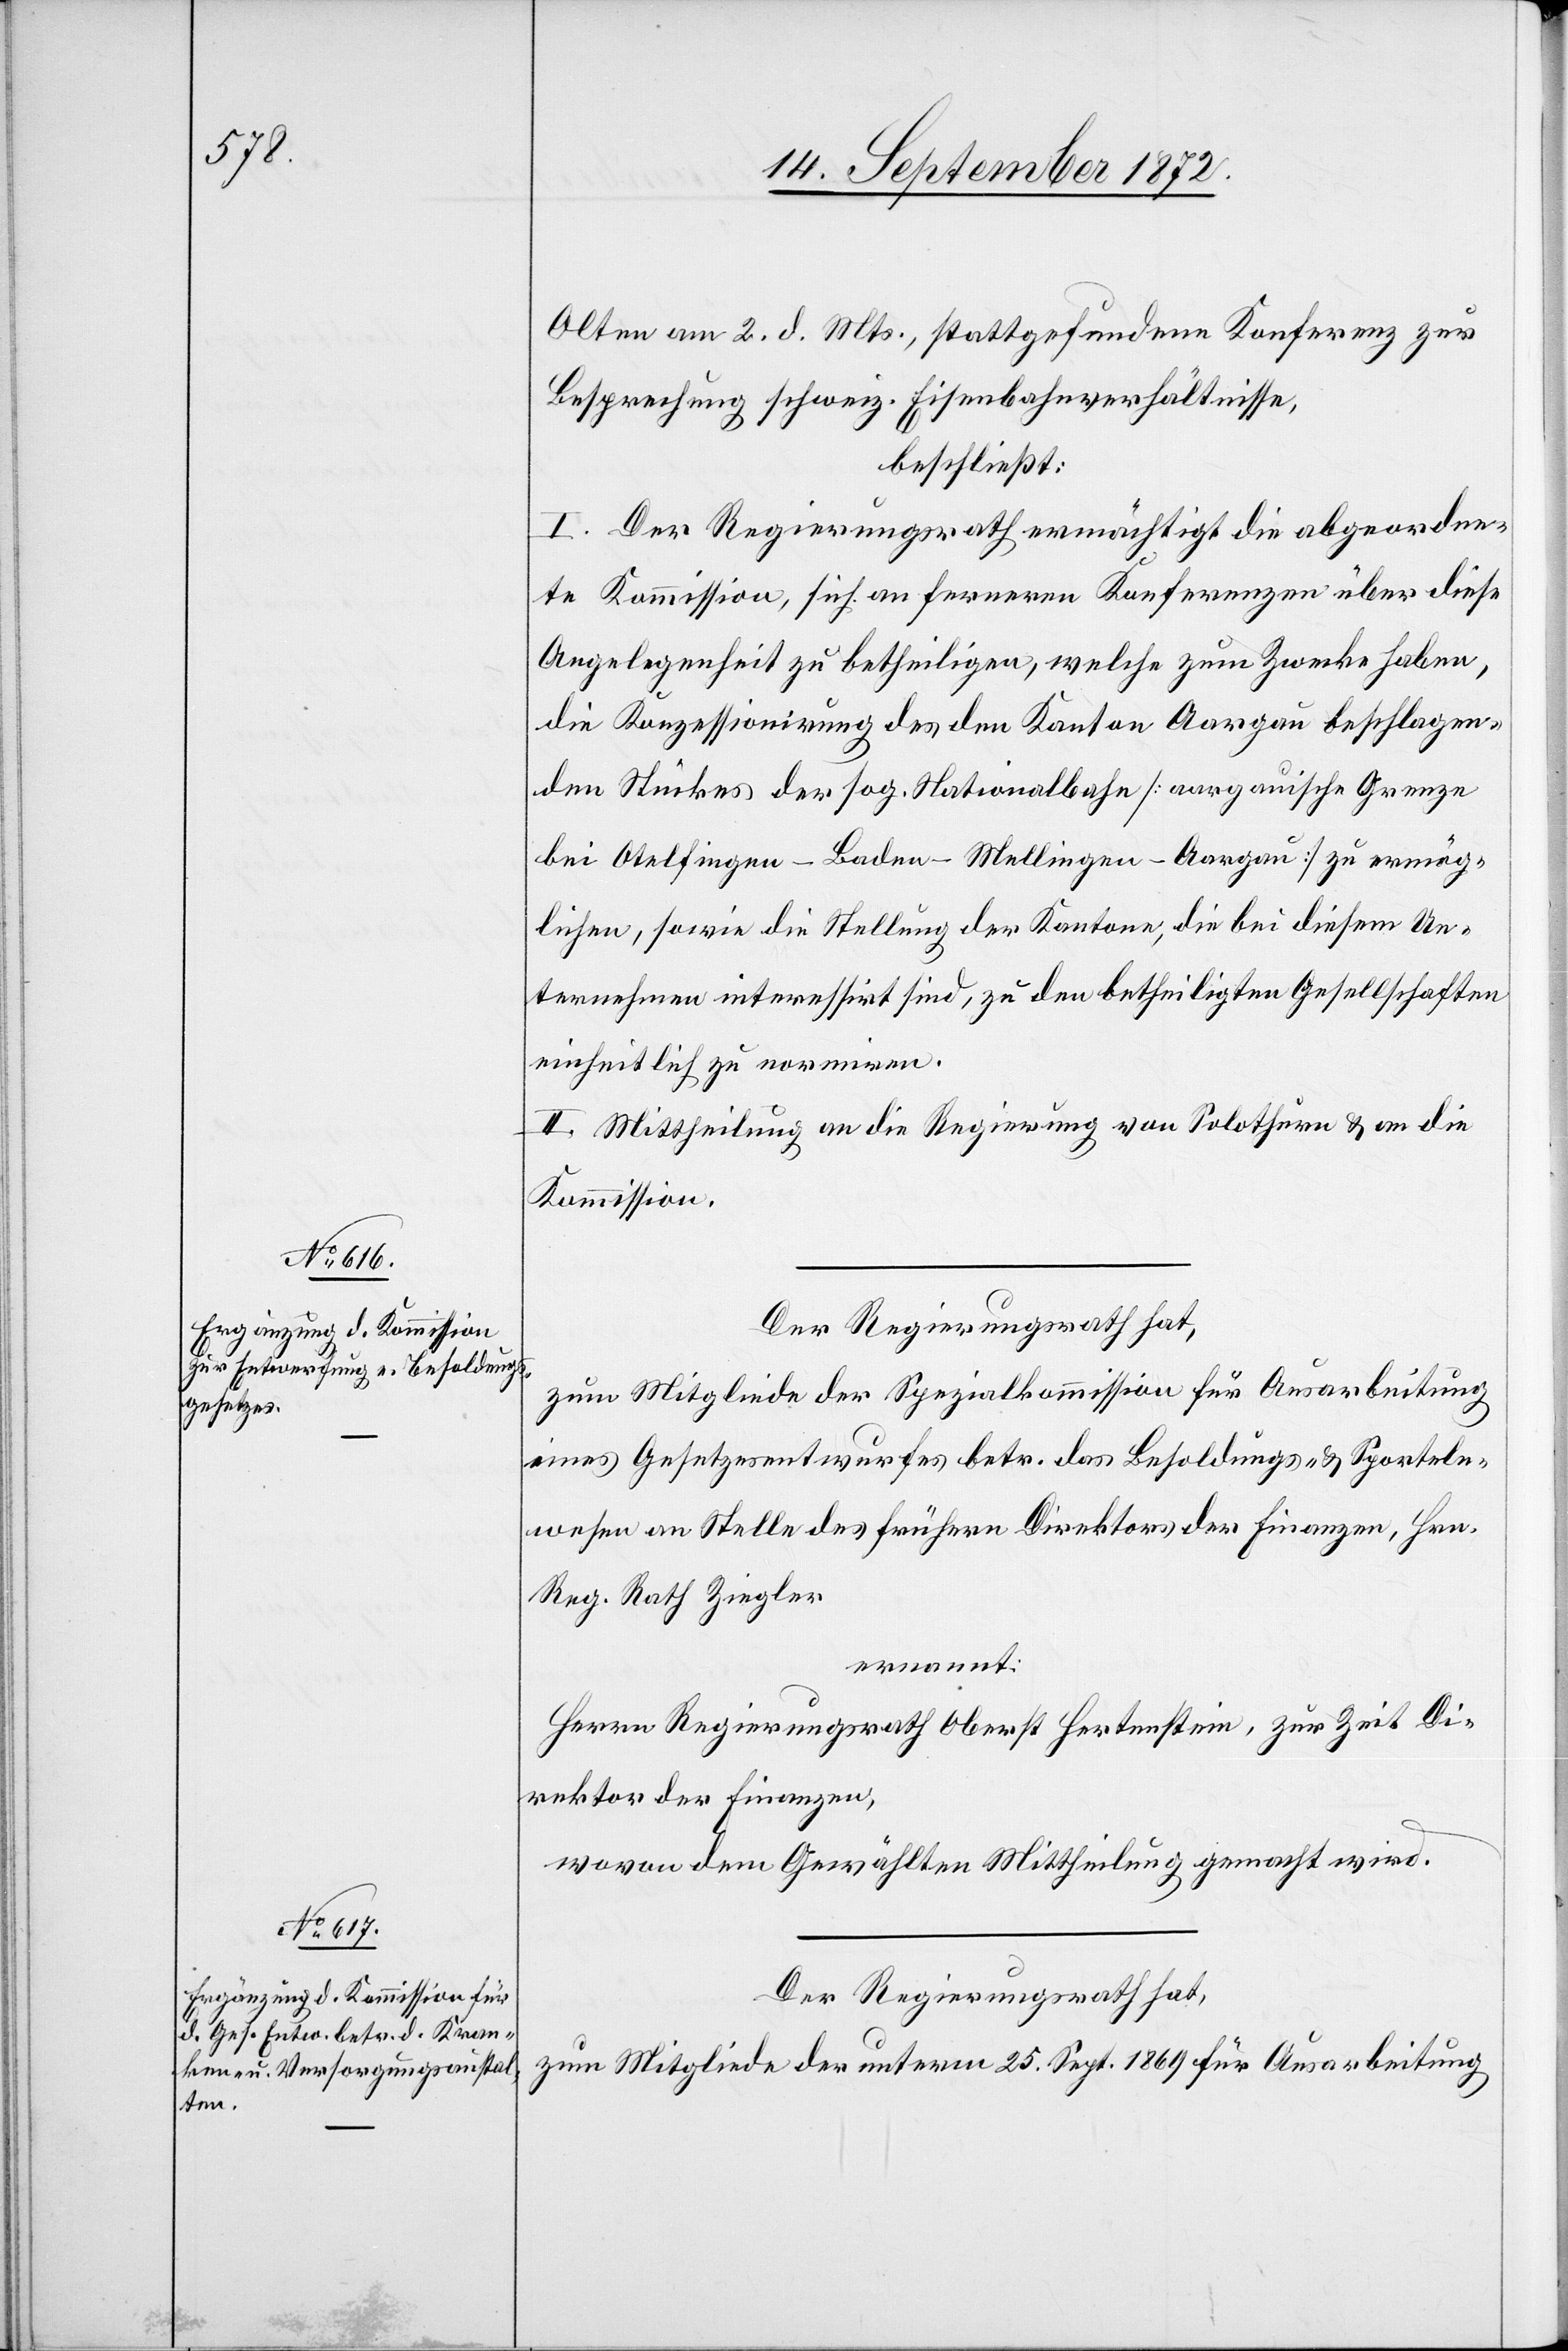
Olten am 2. d. Mts., stattgefundene Konferenz zur
Besprechung schweiz. Eisenbahnverhältnisse,
beschließt:
I. Der Regierungsrath ermächtigt die abgeordne¬
te Kommission, sich an ferneren Konferenzen über diese
Angelegenheit zu betheiligen, welche zum Zwecke haben,
die Konzessionirung des den Kanton Aargau beschlagen¬
den Stückes der sog. Nationalbahn [aargauische Grenze
bei Otelfingen–Baden–Mellingen–Aargau] zu ermög¬
lichen, sowie die Stellung der Kantone, die bei diesem Un¬
ternehmen interessirt sind, zu den betheiligten Gesellschaften
einheitlich zu normiren.
II. Mittheilung an die Regierung von Solothurn u. an die
Kommission.
Der Regierungsrath hat,
zum Mitgliede der Spezialkommission für Ausarbeitung
eines Gesetzesentwurfes betr. das Besoldungs- u. Sporteln¬
wesen an Stelle des frühern Direktors der Finanzen, Hrn.
Reg. Rath Ziegler
ernannt:
Herrn Regierungsrath Oberst Hertenstein, zur Zeit Di¬
rektor der Finanzen,
wovon dem Gewählten Mittheilung gemacht wird.
Der Regierungsrath hat,
zum Mitgliede der unterm 25. Sept. 1869 für Ausarbeitung